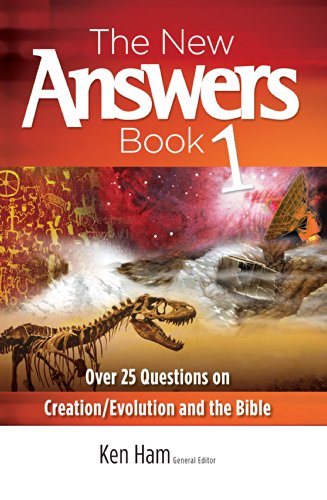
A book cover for The New Answers Book: Over 25 Questions on Creation / Evolution and the Bible; Ken Ham; Christian Books & Bibles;